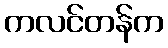
ကလင်တန်က